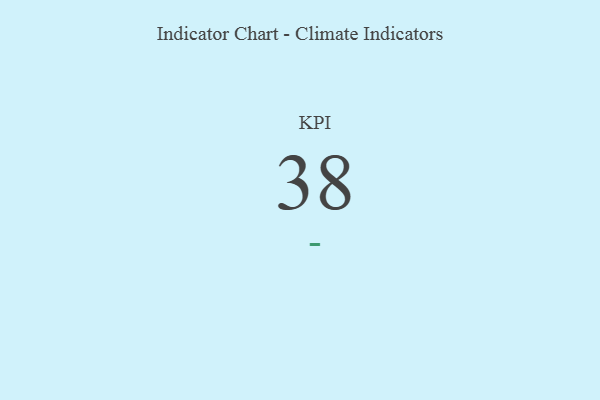
{"axis": {"x": "KPI", "y": "Value"}, "legend": [""], "data": [{"x": "KPI", "y": 38, "type": ""}]}